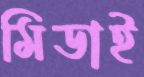
মিডাই